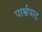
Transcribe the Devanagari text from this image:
पार्श्वपाद